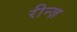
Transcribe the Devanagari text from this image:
रीन्ज़